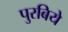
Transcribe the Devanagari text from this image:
पुरबिये